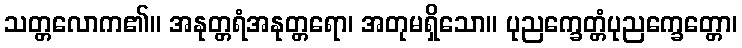
သတ္တလောက၏။ အနုတ္တရံအနုတ္တရော၊ အတုမရှိသော။ ပုညက္ခေတ္တံပုညက္ခေတ္တော၊